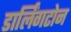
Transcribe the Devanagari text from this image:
डार्लिंगटोन